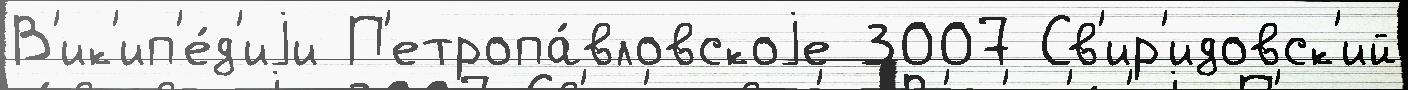
В'ик'ип'е́д'иjи П'етропа́вловскоjе 3007 Св'ир'идовск'ий